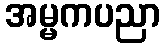
အမ္မကပညာ